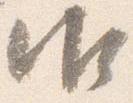
御